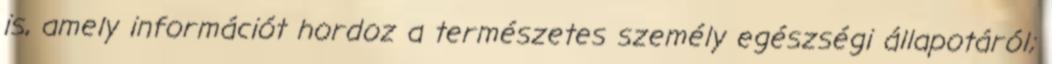
is, amely információt hordoz a természetes személy egészségi állapotáról;